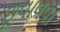
છૂપાવવા